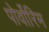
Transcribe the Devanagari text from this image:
पोर्वोरिम